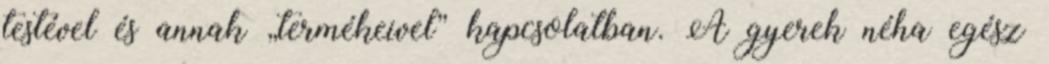
testével és annak „termékeivel” kapcsolatban. A gyerek néha egész